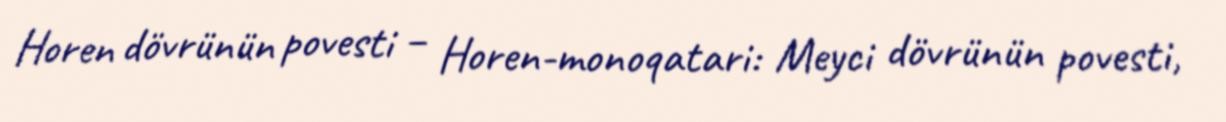
Horen dövrünün povesti – Horen-monoqatari: Meyci dövrünün povesti,